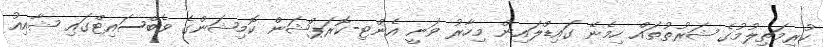
ކުރިމަތިލުމުގެ ޝަރުތުތައް ހިމެނޭ ގައިޑްލައިން މިހާރު ވަނީ އެންޓި-ކޮރަޕްޝަން ކޮމިޝަންގެ ވެބްސައިޓްގައި ޝާއިއު